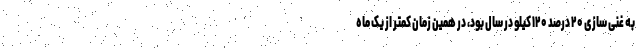
به غنی سازی ۲۰ درصد ۱۲۰ کیلو در سال بود، در همین زمان کمتر از یک ماه